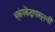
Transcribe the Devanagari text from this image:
भूकंपकेंद्रापासूनची